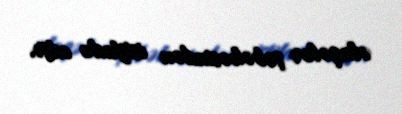
əlaqələr şəbəkəsindən istifadə edir.